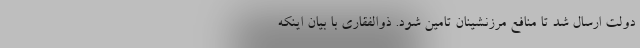
دولت ارسال شد تا منافع مرزنشینان تامین شود. ذوالفقاری با بیان اینکه